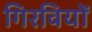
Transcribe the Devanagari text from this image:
गिरवियों